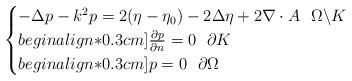
LaTeX: \begin{align*}\begin{cases}-\Delta p-k^2p=2(\eta-\eta_0)-2\Delta\eta+2\nabla\cdot A\,\,\,\,\Omega\backslash K\\begin{align*}0.3cm] \frac{\partial p}{\partial n} =0\,\,\,\,\partial K \\begin{align*}0.3cm] p=0\,\,\,\,\partial\Omega \end{cases}\end{align*}